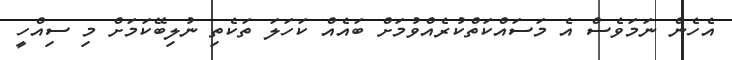
އެހެން ނަމަވެސް އެ މަސައްކަތްކުރެއްވުމަށް ބައެއް ކަހަލަ ތަކެތި ނުލިބޭކަމަށް މި ސިއްހީ